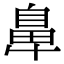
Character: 𮮴